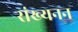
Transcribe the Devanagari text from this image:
संख्यनन